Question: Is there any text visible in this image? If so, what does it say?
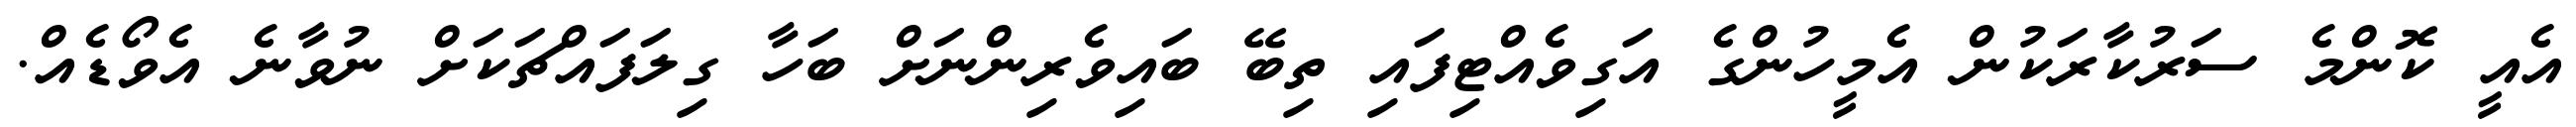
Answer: އެއީ ކޮންމެ ސަރުކާރަކުން އެމީހުންގެ އަގިވެއްޓިފައި ތިބޭ ބައިވެރިންނަށް ބަހާ ގިލަފައްޗަކަށް ނުވާނެ އެވޯޑެއް.